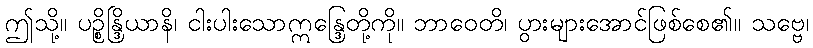
ဤသို့။ ပဉ္စိန္ဒြိယာနိ၊ ငါးပါးသောဣန္ဒြေတို့ကို။ ဘာဝေတိ၊ ပွားများအောင်ဖြစ်စေ၏။ သဗ္ဗေ၊